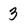
Character: 3